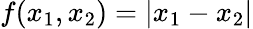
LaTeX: f(x_{1},x_{2})=|x_{1}-x_{2}|